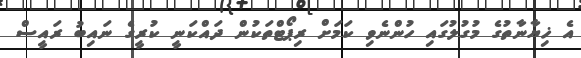
އެ ޚިޔާނާތުގެ މުގުލުގައި ހުންނެވި ކަމަށް ރިޕޯޓްތަކުން ދައްކަނީ ކުރީގެ ނައިބު ރައީސް